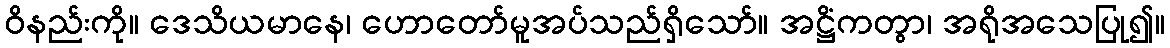
ဝိနည်းကို။ ဒေသိယမာနေ၊ ဟောတော်မူအပ်သည်ရှိသော်။ အဋ္ဌိံကတွာ၊ အရိုအသေပြု၍။